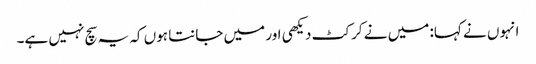
انہوں نے کہا: میں نے کرکٹ دیکھی اور میں جانتا ہوں کہ یہ سچ نہیں ہے۔